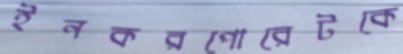
ইনকরপোরেটকে